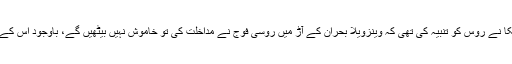
خیال رہے کہ گذشتہ ماہ امریکا نے روس کو تنبیہ کی تھی کہ وینزویلا بحران کے آڑ میں روسی فوج نے مداخلت کی تو خاموش نہیں بیٹھیں گے، باوجود اس کے روس نے اپنی فوج بھیج دی۔